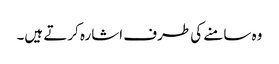
وہ سامنے کی طرف اشارہ کرتے ہیں۔